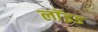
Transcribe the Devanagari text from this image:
लाॅइड